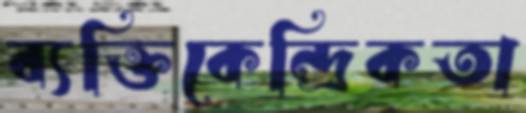
ব্যক্তিকেন্দ্রিকতা